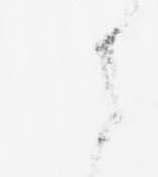
に